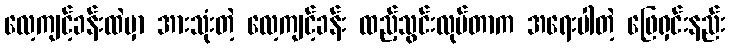
လေ့ကျင့်ခန်းထဲမှာ အားသုံးတဲ့ လေ့ကျင့်ခန်း ထည့်သွင်းလုပ်တာက အရေးပါတဲ့ ဖြေရှင်းနည်း